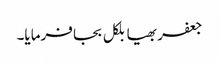
جعفر بھیا بلکل بجا فرمایا۔